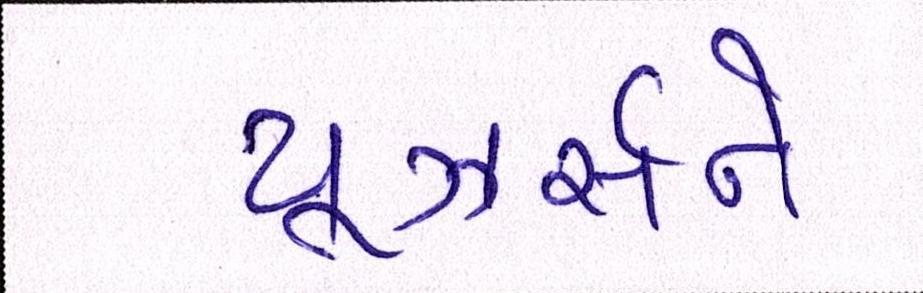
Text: યૂઝર્સને